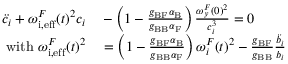
\begin{array} { r l } { \ddot { c } _ { i } + { { \omega _ { \mathrm { i , e f f } } ^ { F } } } ( t ) ^ { 2 } c _ { i } } & { { } - \left( 1 - \frac { g _ { \mathrm { B F } } \alpha _ { \mathrm { B } } } { g _ { \mathrm { B B } } \alpha _ { \mathrm { F } } } \right) \frac { { \omega _ { y } ^ { F } } ( 0 ) ^ { 2 } } { c _ { i } ^ { 3 } } = 0 } \\ { { \mathrm { w i t h ~ } { \omega _ { \mathrm { i , e f f } } ^ { F } } } ( t ) ^ { 2 } } & { { } = \left( 1 - \frac { g _ { \mathrm { B F } } \alpha _ { \mathrm { B } } } { g _ { \mathrm { B B } } \alpha _ { \mathrm { F } } } \right) { \omega _ { i } ^ { F } } ( t ) ^ { 2 } - \frac { g _ { \mathrm { B F } } } { g _ { \mathrm { B B } } } \frac { \ddot { b _ { i } } } { b _ { i } } } \end{array}